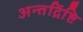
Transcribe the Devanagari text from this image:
अन्तर्द्रिष्टि